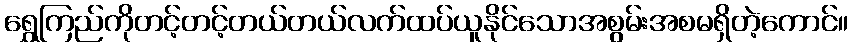
ရွှေကြည်ကိုတင့်တင့်တယ်တယ်လက်ထပ်ယူနိုင်သောအစွမ်းအစမရှိတဲ့ကောင်။